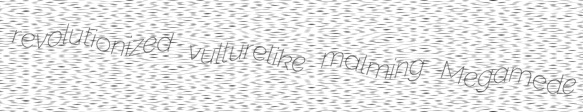
revolutionized vulturelike malming Megamede